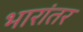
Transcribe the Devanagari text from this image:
भारांतर